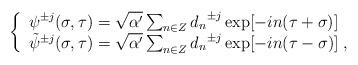
LaTeX: \begin{align*} \left\{ \begin{array}{l} {\psi}^{\pm j}(\sigma, \tau) = \sqrt{\alpha'}\sum_{n \in Z} { d_{n}}^{\pm j} \exp[-i n (\tau + \sigma)] \\{\tilde{\psi}}^{\pm j}(\sigma, \tau) = \sqrt{\alpha '}\sum_{n \in Z} {d_{n}}^{\pm j} \exp[-i n (\tau - \sigma )]\; , \end{array} \right.\end{align*}